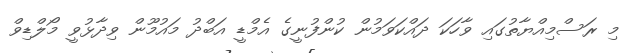
މި ރަސްމިއްޔާތުގައި ވާހަކަ ދައްކަވަމުން ކުންފުނީގެ އެމްޑީ އަބްދު މައުމޫން ވިދާޅުވީ މޯލްޑިވް